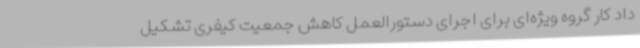
داد کار گروه ویژه‌ای برای اجرای دستورالعمل کاهش جمعیت کیفری تشکیل